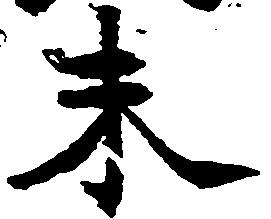
未